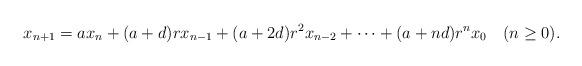
LaTeX: \begin{align*}x_{n+1}=ax_n + (a+d)r x_{n-1}+(a+2d)r^2 x_{n-2}+\cdots+(a+nd)r^nx_0\quad(n\geq 0).\end{align*}